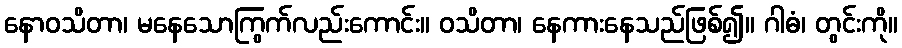
နောဝသိတာ၊ မနေသောကြွက်လည်းကောင်း။ ဝသိတာ၊ နေကားနေသည်ဖြစ်၍။ ဂါဓံ၊ တွင်းကို။